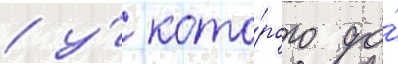
/ у́ кото́рого до́